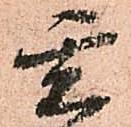
玄